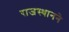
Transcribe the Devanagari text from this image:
राजस्थानने